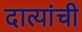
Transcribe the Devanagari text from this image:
दात्यांची